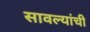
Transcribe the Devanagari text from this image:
सावल्यांची